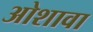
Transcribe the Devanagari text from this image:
ओशावा